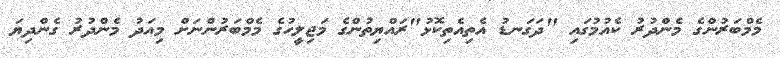
މެމްބަރުންގެ މެންދުރު ކެއުމުގައި "ދަގަނޑު އެތިއެތިކޮޅު"ރައްޔިތުންގެ މަޖިލީހުގެ މެމްބަރުންނަށް މިއަދު މެންދުރު ގެންދިޔަ